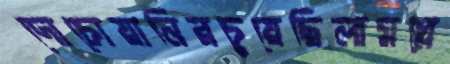
দোচোয়ানিরচুয়েছিলামগ্লে